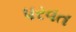
પરવત